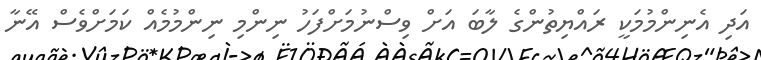
އަދި އެނިންމުމަކީ ރައްޔިތުންގެ ލާބަ އަށް ވިސްނުމަށްފަހު ނިންމި ނިންމުމެއް ކަމަށްވެސް އޭނާ